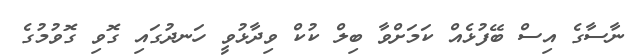
ނާސާގެ އިސް ބޭފުޅެއް ކަމަށްވާ ބިލް ކުކް ވިދާޅުވީ ހަނދުގައި ގޮވި ގޮވުމުގެ